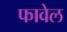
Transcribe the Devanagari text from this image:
फावेल